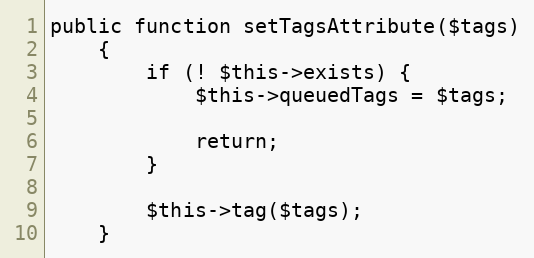
Language: PHP
public function setTagsAttribute($tags)
    {
        if (! $this->exists) {
            $this->queuedTags = $tags;

            return;
        }

        $this->tag($tags);
    }